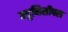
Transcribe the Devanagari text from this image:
म्युनिसीपल